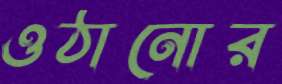
ওঠানোর